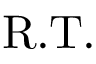
\mathrm { { R . T . } }